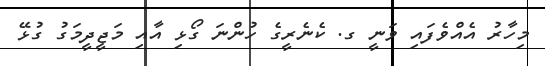
މިހާރު އެއްވެފައި ވަނީ ގ. ކެނެރީގެ ހުންނަ ގޯޅި އާއި މަޖީދީމަގު ގުޅޭ